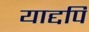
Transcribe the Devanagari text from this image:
याद्दपि